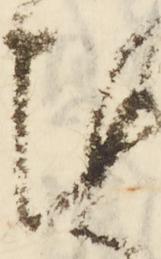
謹